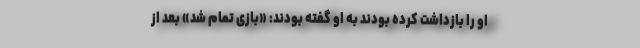
او را بازداشت کرده بودند به او گفته بودند: «بازی تمام شد» بعد از